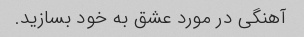
آهنگی در مورد عشق به خود بسازید.